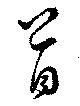
首